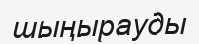
шыңырауды